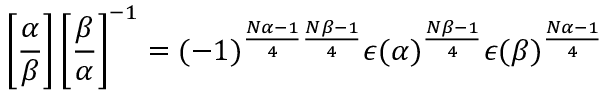
\left[ { \frac { \alpha } { \beta } } \right] \left[ { \frac { \beta } { \alpha } } \right] ^ { - 1 } = ( - 1 ) ^ { { \frac { N \alpha - 1 } { 4 } } { \frac { N \beta - 1 } { 4 } } } \epsilon ( \alpha ) ^ { \frac { N \beta - 1 } { 4 } } \epsilon ( \beta ) ^ { \frac { N \alpha - 1 } { 4 } }